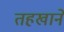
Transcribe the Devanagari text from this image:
तहखानें